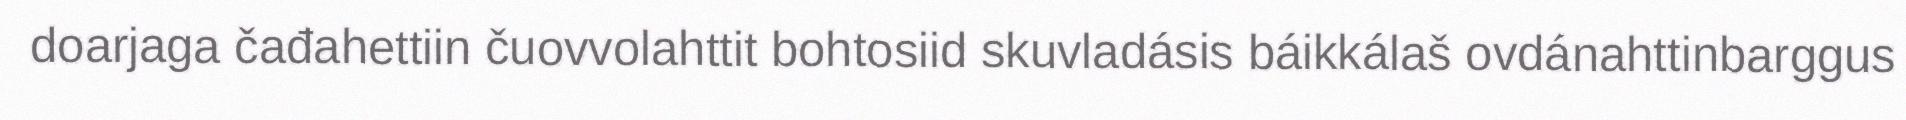
doarjaga čađahettiin čuovvolahttit bohtosiid skuvladásis báikkálaš ovdánahttinbarggus